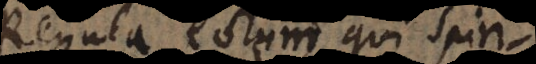
Regula eorum qui Spir